Report on sanitation, dispensaries, and jails in Rajputana for 1918, and on vaccination for the year 1918-1919 - 1918-1919
Year: 1918
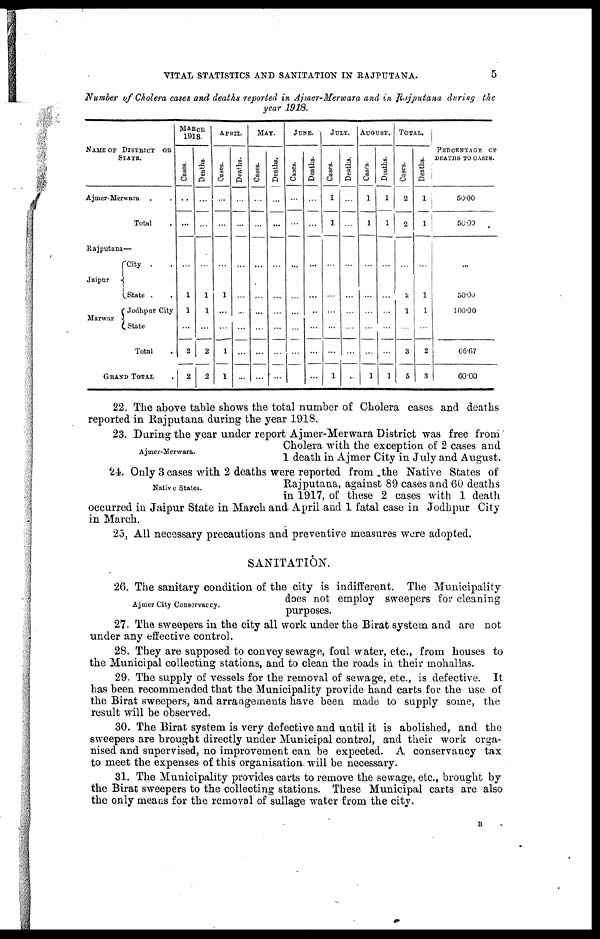
VITAL STATISTICS AND SANITATION IN RAJPUTANA.
5
Number of Cholera cases and deaths reported in Ajmer-Merwara and in Rajputana during the
year 1918.
NAME OF DISTRICT OR
STATE.
Ajmer-Merwara ..
Total .
Rajputana—
Jaipur
Marwar
City ..
State ..
Jodhpur City
State
Total
GRAND TOTAL .
MARCH
1918.
Cases.
...
...
...
1
1
...
2
2
Deaths.
...
...
...
1
1
...
2
2
APRIL.
Cases.
...
...
...
1
...
...
1
1
Deaths.
...
...
...
...
...
...
...
...
MAY.
Cases.
...
...
...
...
...
...
...
...
Deaths.
...
...
...
...
...
...
...
...
JUNE.
Cases.
...
...
...
...
...
...
...
...
Deaths.
...
...
...
...
...
...
...
...
JULY.
Cases.
1
1
...
...
...
...
...
1
Deaths.
...
...
...
...
...
...
...
...
AUGUST.
Cases.
1
1
...
...
...
...
...
1
Deaths.
1
1
...
...
...
...
...
1
TOTAL.
Cases.
2
2
...
2
1
...
3
5
Deaths.
1
1
...
1
1
...
2
3
PERCENTAGE OF
DEATHS TO CASES.
50.00
50.00
...
50.00
100.00
66.67
60.00
22. The above table shows the total number of Cholera cases and deaths
reported in Rajputana during the year 1918.
Ajmer-Merwara.
23. During the year under report Ajmer-Merwara District was free from
Cholera with the exception of 2 cases and
1 death in Ajmer City in July and August.
Native States.
24. Only 3 cases with 2 deaths were reported from .the Native States of
Rajputana, against 89 cases and 60 deaths
in 1917, of these 2 cases with 1 death
occurred in Jaipur State in March and April and 1 fatal case in Jodhpur City
in March.
25. All necessary precautions and preventive measures were adopted.
SANITATION.
Ajmer City Conservancy.
26. The sanitary condition of the city is indifferent. The Municipality
does not employ sweepers for cleaning
purposes.
27. The sweepers in the city all work under the Birat system and are not
under any effective control.
28. They are supposed to convey sewage, foul water, etc., from houses to
the Municipal collecting stations, and to clean the roads in their mohallas.
29. The supply of vessels for the removal of sewage, etc., is defective. It
has been recommended that the Municipality provide hand carts for the use of
the Birat sweepers, and arrangements have been made to supply some, the
result will be observed.
30. The Birat system is very defective and until it is abolished, and the
sweepers are brought directly under Municipal control, and their work orga-
nised and supervised, no improvement can be expected. A conservancy tax
to meet the expenses of this organisation will be necessary.
31. The Municipality provides carts to remove the sewage, etc., brought by
the Birat sweepers to the collecting stations. These Municipal carts are also
the only means for the removal of sullage water from the city.
B